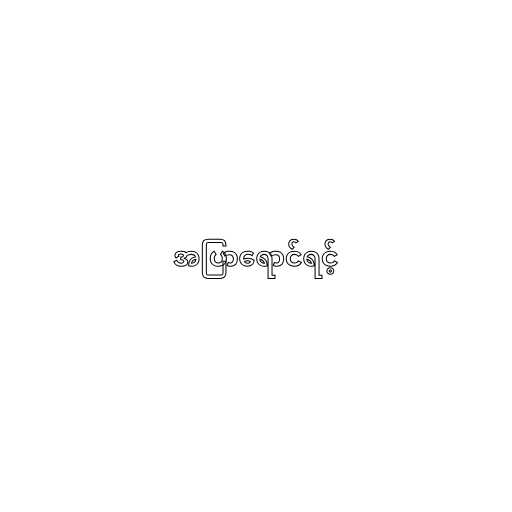
အပြာရောင်ရင့်